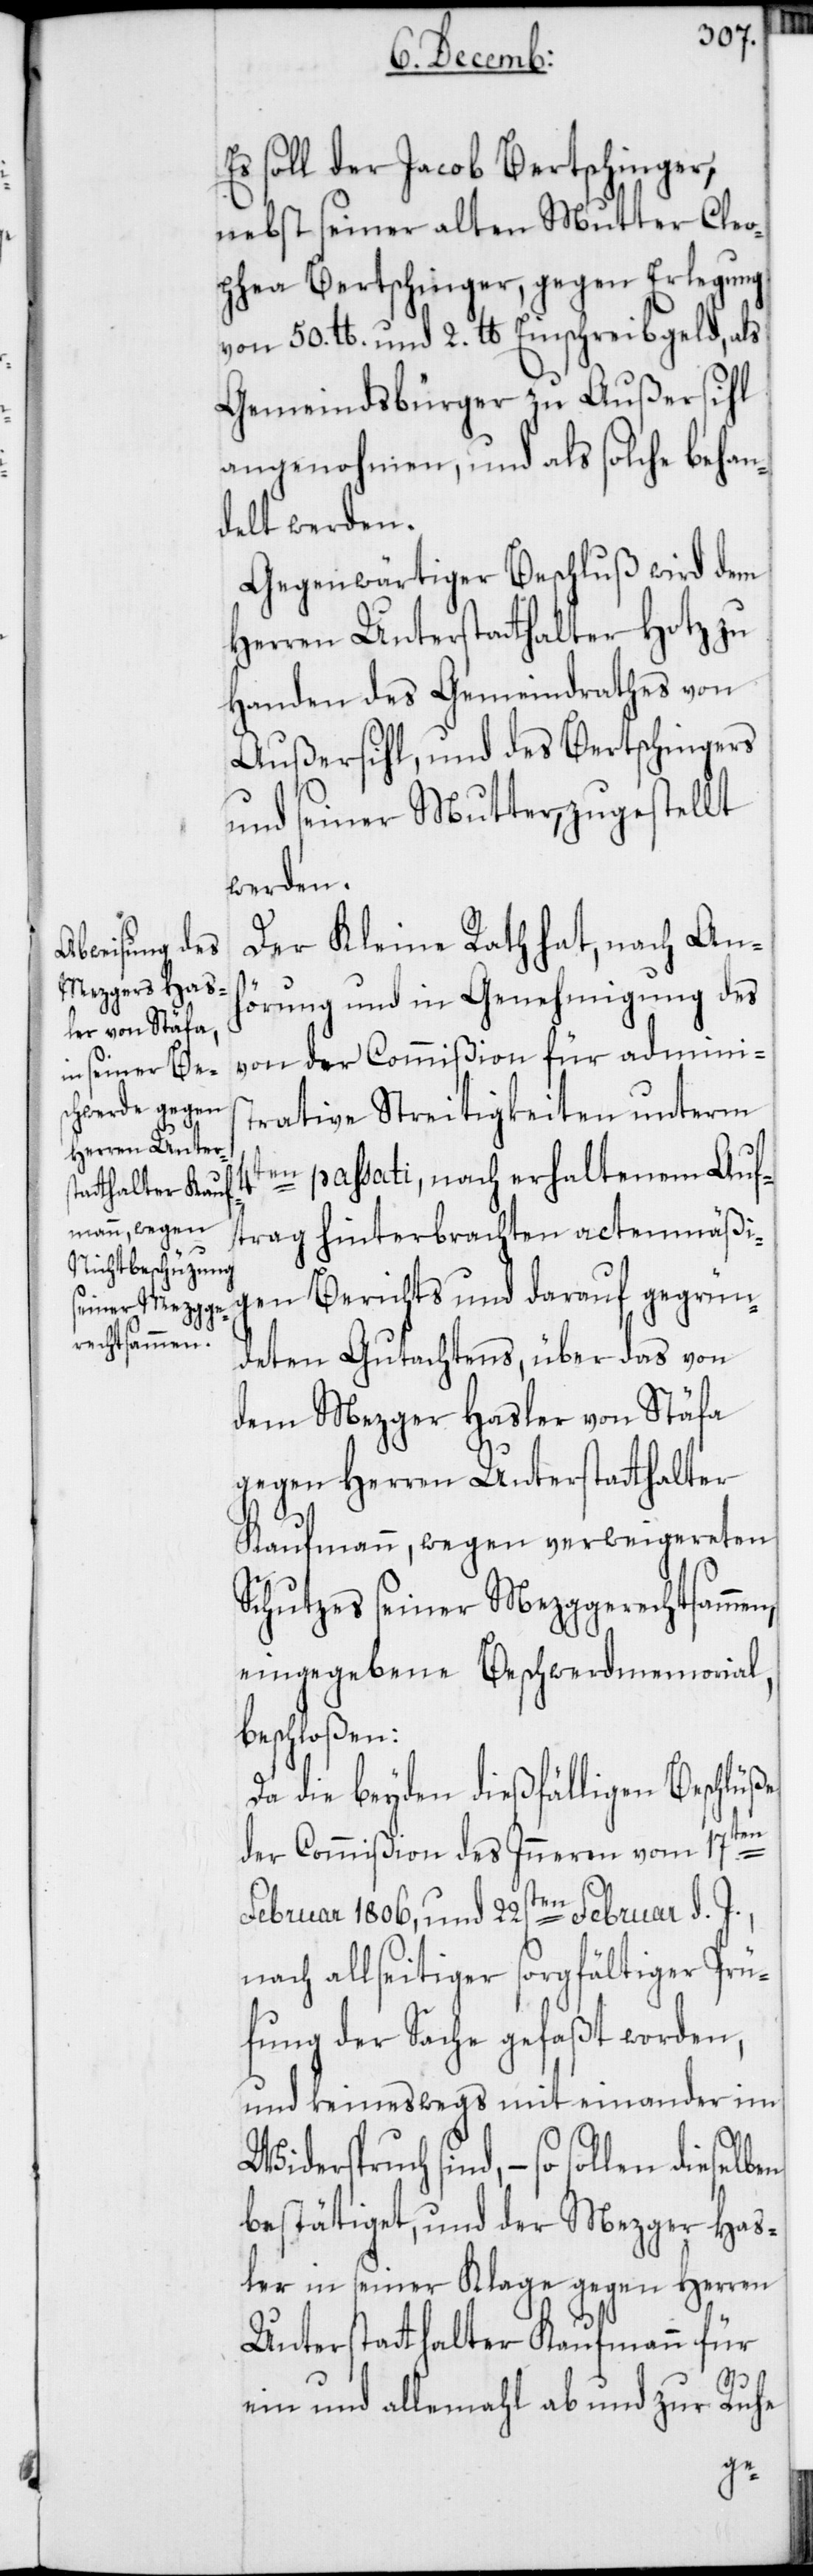
Es soll der Jacob Bertschinger,
nebst seiner alten Mutter Cleo¬
phea Bertschinger, gegen Erlegung
von 50. lb. und 2. lb. Einschreibgeld, als
Gemeindsbürger zu Außersihl
angenohmen, und als solche behan¬
delt werden.
Gegenwärtiger Beschluß wird dem
Herren Unterstatthalter Hotz zu
Handen des Gemeindrathes von
Außersihl, und des Bertschingers
und seiner Mutter, zugestellt
werden.
Der Kleine Rath hat, nach An¬
hörung und in Genehmigung des
von der Commißion für adminis¬
trative Streitigkeiten unterm
4ten passati, nach erhaltenem Auf¬
trag hinterbrachten actenmäßi¬
gen Berichts und darauf gegrün¬
deten Gutachtens, über das von
dem Mezger Hasler von Stäfa
gegen Herren Unterstatthalter
Kaufmann, wegen verweigereten
Schutzes seiner Mezggerechtsammen,
eingegebene Beschwerdmemorial,
beschloßen:
Da die beyden dießfälligen Beschlüße
der Commißion des Inneren vom 17ten
Februar 1806, und 22sten Februar d. J.,
nach allseitiger sorgfältiger Prü¬
fung der Sache gefaßt worden,
und keineswegs mit einander im
Widerspruch sind, – so sollen
bestätiget, und der Mezger Has¬
ler in seiner Klage gegen Herren
Unterstatthalter Kaufmann für
ein- und allemahl ab und zur Ruhe